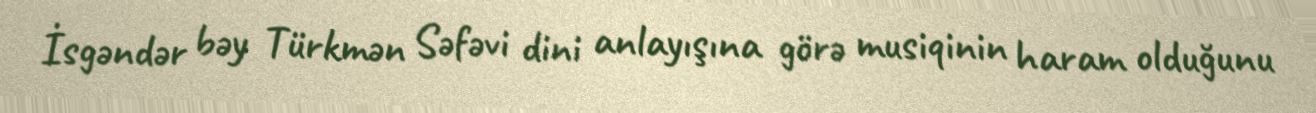
İsgəndər bəy Türkmən Səfəvi dini anlayışına görə musiqinin haram olduğunu